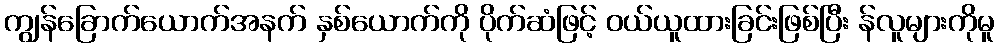
ကျွန်ခြောက်ယောက်အနက် နှစ်ယောက်ကို ပိုက်ဆံဖြင့် ဝယ်ယူထားခြင်းဖြစ်ပြီး န်လူများကိုမူ